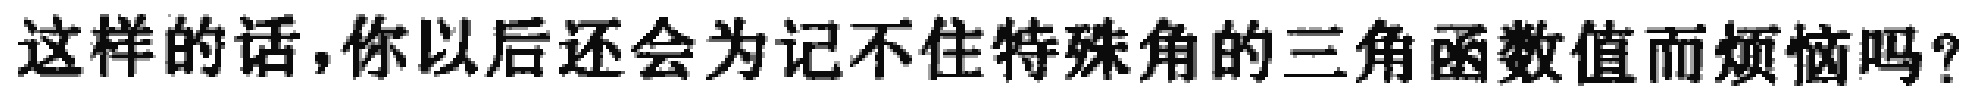
这样的话,你以后还会为记不住特殊角的三角函数值而烦恼吗?